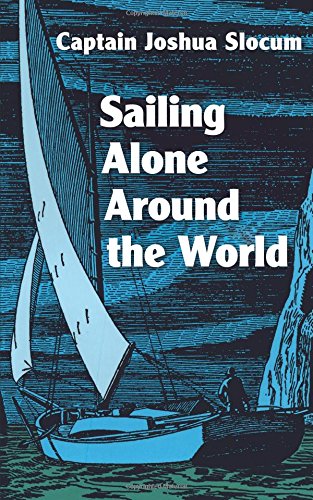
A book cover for Sailing Alone Around the World; Joshua Slocum; Engineering & Transportation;